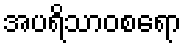
အပရိသာဝစရော